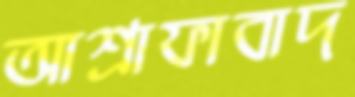
আশ্রাফাবাদ